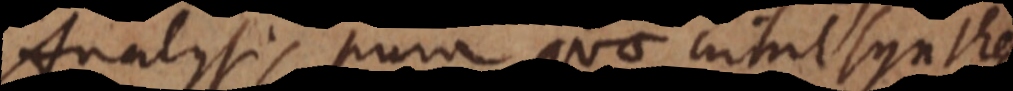
Analysis pura quae nihil syntheseos